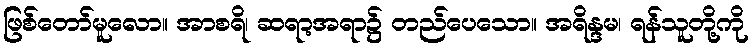
ဖြစ်တော်မူလော။ အာစရိ၊ ဆရာ့အရာ၌ တည်ပေသော။ အရိန္ဒမ၊ ရန်သူတို့ကို